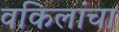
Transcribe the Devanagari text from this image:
वकिलांचा